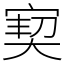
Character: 㝣